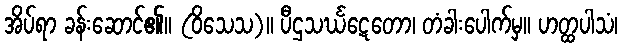
အိပ်ရာ ခန်းဆောင်၏။ (ဝိသေသ)။ ပီဌသင်္ဃဋေတော၊ တံခါးပေါက်မှ။ ဟတ္ထပါသံ၊